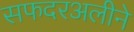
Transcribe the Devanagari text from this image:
सफदरअलीने